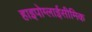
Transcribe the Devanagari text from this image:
हाइपोग्लाईसीमिक